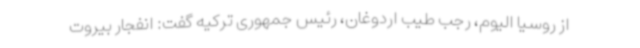
از روسیا الیوم، رجب طیب اردوغان، رئیس جمهوری ترکیه گفت: انفجار بیروت